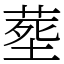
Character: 塟